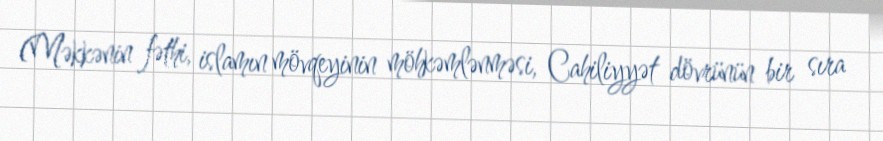
(Məkkənin fəthi, islamın mövqeyinin möhkəmlənməsi, Cahiliyyət dövrünün bir sıra